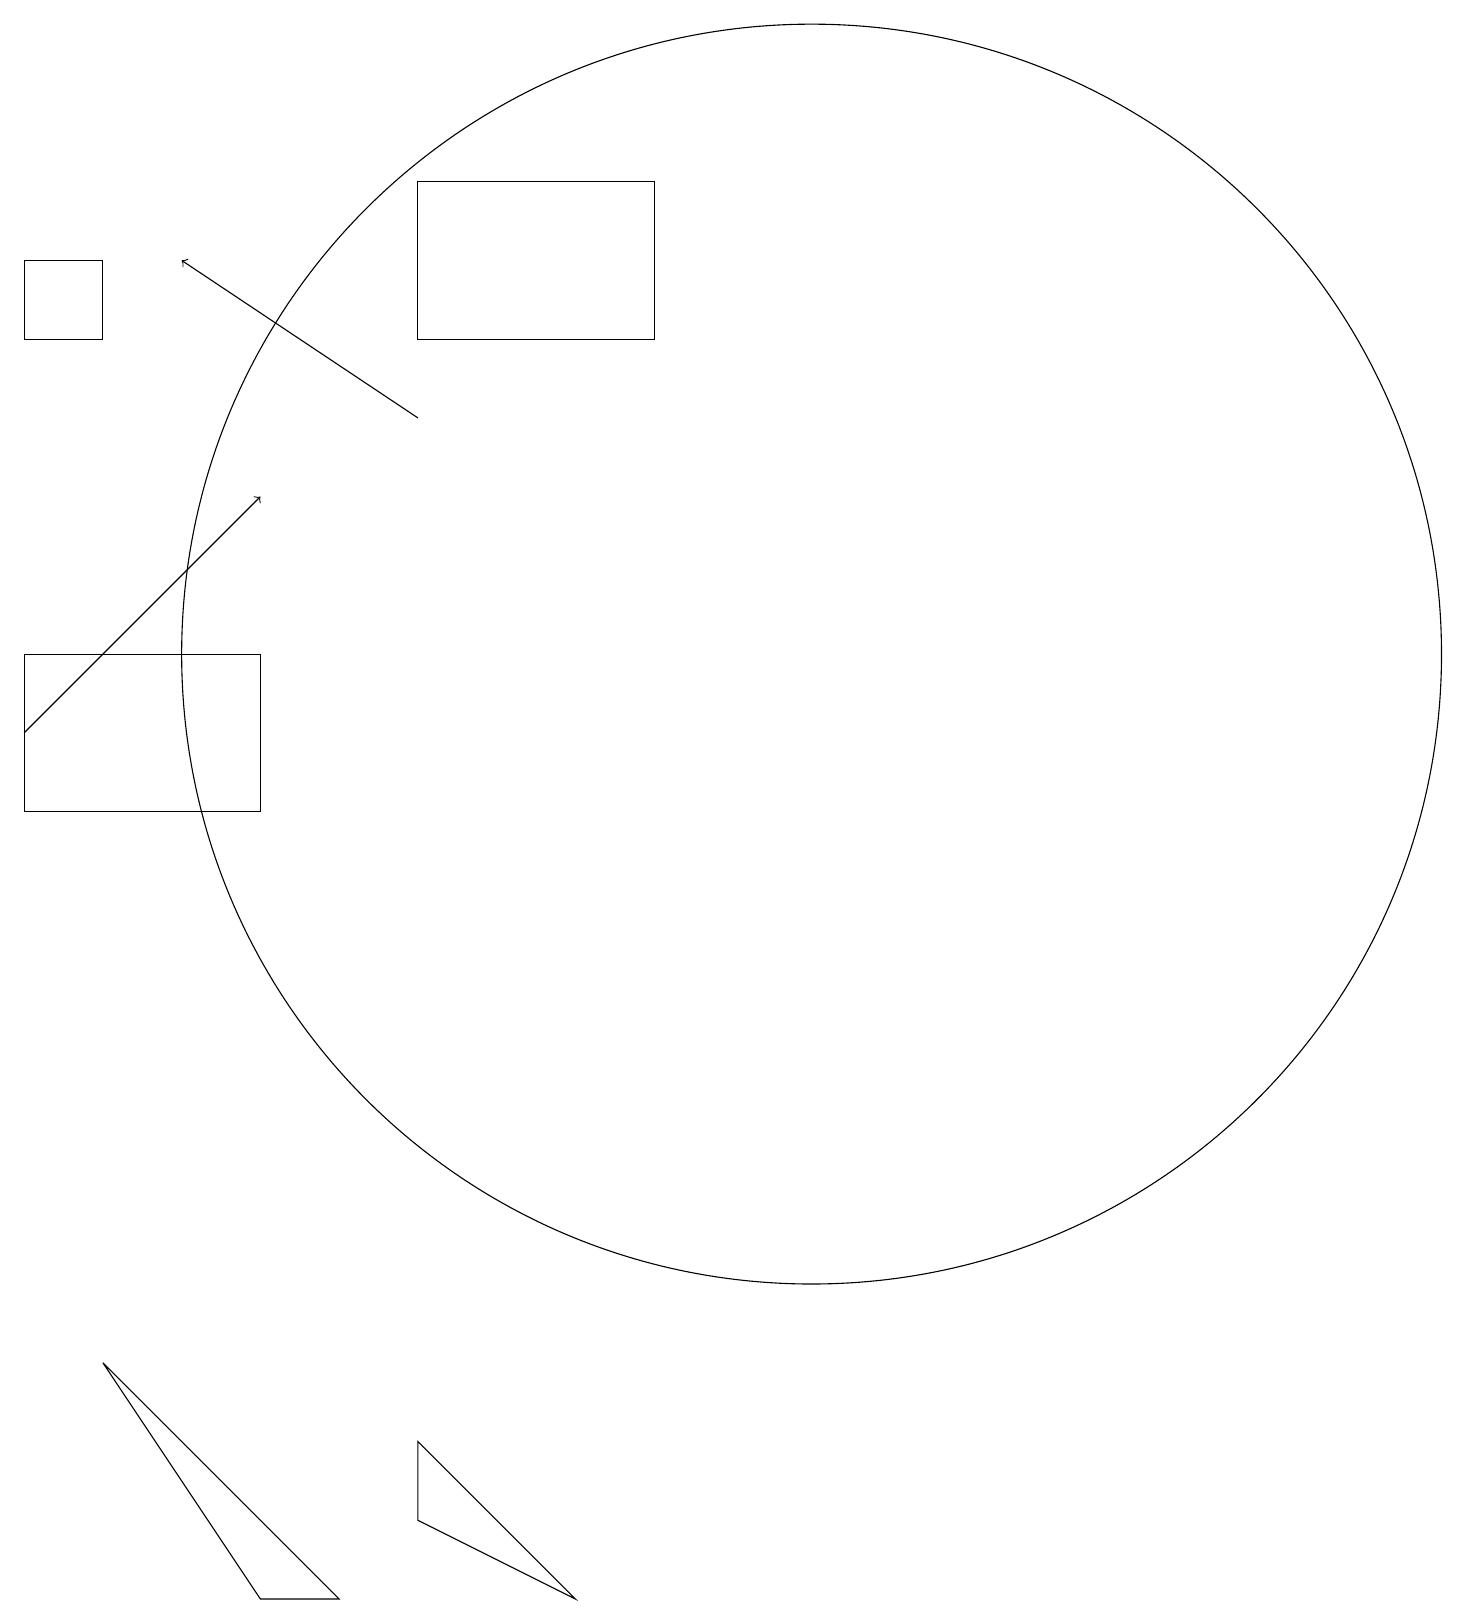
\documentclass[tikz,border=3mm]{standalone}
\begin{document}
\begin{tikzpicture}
\draw[->] (0,11) -- (3,14);
\draw (8,16) rectangle (5,18);
\draw (3,10) rectangle (0,12);
\draw (10,12) circle (8);
\draw[->] (5,15) -- (2,17);
\draw (1,3) -- (4,0) -- (3,0) -- cycle;
\draw (7,0) -- (5,2) -- (5,1) -- cycle;
\draw (0,17) rectangle (1,16);
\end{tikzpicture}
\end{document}